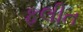
ફલીત